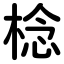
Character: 棯